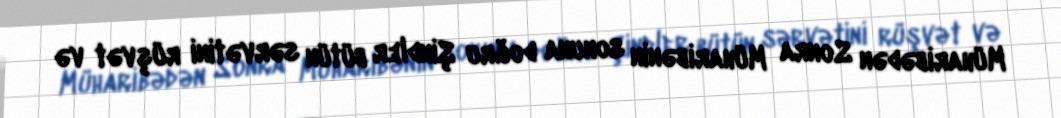
Müharibədən Sonra Müharibənin sonuna doğru Şindler bütün sərvətini rüşvət və